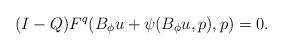
LaTeX: \begin{align*}(I-Q) F^q(B_\phi u + \psi(B_\phi u ,p),p)=0.\end{align*}